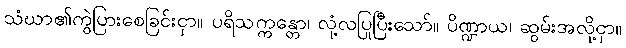
သံဃာ၏ကွဲပြားစေခြင်းငှာ။ ပရိသက္ကန္တော၊ လုံ့လပြုပြီးသော်။ ပိဏ္ဍာယ၊ ဆွမ်းအလို့ငှာ။